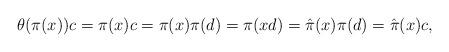
LaTeX: \begin{align*}\theta(\pi(x))c=\pi(x)c=\pi(x)\pi(d)=\pi(xd)=\hat{\pi}(x)\pi(d)=\hat{\pi}(x)c, \end{align*}